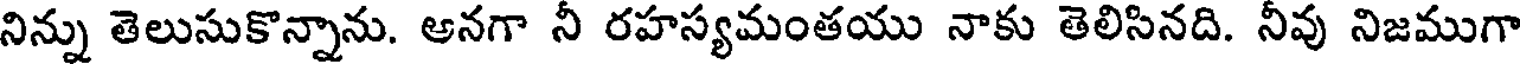
నిన్ను తెలుసుకొన్నాను. అనగా నీ రహస్యమంతయు నాకు తెలిసినది. నీవు నిజముగా